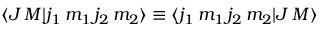
\langle J \, M | j _ { 1 } \, m _ { 1 } \, j _ { 2 } \, m _ { 2 } \rangle \equiv \langle j _ { 1 } \, m _ { 1 } \, j _ { 2 } \, m _ { 2 } | J \, M \rangle